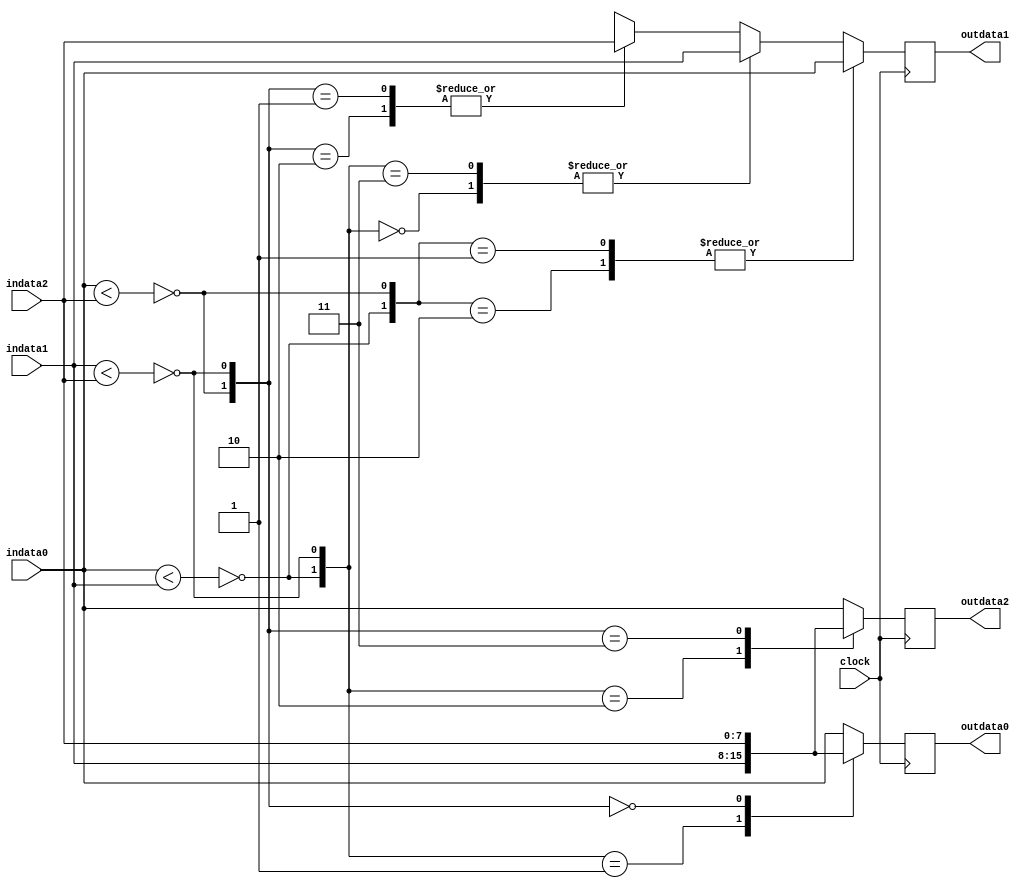
/*******************************************************
______________                ______________
______________ \  /\  /|\  /| ______________
______________  \/  \/ | \/ | ______________

--Module Name:
--Project Name:
--Chinese Description:
	3
--English Description:
	
--Version:VERA.1.0.0
--Data modified:
--author:Young-
--E-mail: wmy367@Gmail.com
--Data created:
________________________________________________________
********************************************************/           
`timescale 1ns/1ps
module order_1_3 #(
	parameter DSIZE	= 8
)(       
	input					clock		,
	input [DSIZE-1:0]		indata0     ,
	input [DSIZE-1:0]		indata1     ,
	input [DSIZE-1:0]		indata2     ,
                                        
	output [DSIZE-1:0]		outdata0    ,
	output [DSIZE-1:0]		outdata1    ,
	output [DSIZE-1:0]		outdata2    
);

wire		cmp_0_1;
wire		cmp_0_2;
wire		cmp_1_2;

assign		cmp_0_1	= !(indata0 < indata1);
assign		cmp_0_2	= !(indata0 < indata2);
assign		cmp_1_2	= !(indata1 < indata2);

wire [2:0]	cmp;
assign		cmp		=    {	cmp_0_1,
							cmp_0_2,
							cmp_1_2    };   

/*  
        0

    c0    c1
 
 1     c2     2

*/


reg [DSIZE-1:0]	cmpdata [2:0];

always@(posedge clock)begin
	casex(cmp)
	3'b11x:	cmpdata[0]	<= indata0;	//D0>d1 D0>d2 
	3'b0x1:	cmpdata[0]	<= indata1; //d0<D1 D1>d2
	3'bx00:	cmpdata[0]	<= indata2; //d0<D2 d1<D2                        
	default:cmpdata[0]	<= indata0; 
	endcase                        
end                         

always@(posedge clock)begin
	casex(cmp)
	3'b01x,3'b10x:	cmpdata[1]	<= indata0;	//D0-01-d1 D0-01-d2 
	3'b1x1,3'b0x0:	cmpdata[1]	<= indata1; //d0-01-D1 D1-01-d2 
	3'bx01,3'bx10:	cmpdata[1]	<= indata2; //d0-01-D2 d1-01-D2 
	default:		cmpdata[1]	<= indata0;
	endcase
end

always@(posedge clock)begin
	casex(cmp)
	3'b00x:	cmpdata[2]	<= indata0;	//D0<d1 D0<d2 
	3'b1x0:	cmpdata[2]	<= indata1; //d0>D1 D1<d2 
	3'bx11:	cmpdata[2]	<= indata2; //d0>D2 d1>D2                        
	default:cmpdata[2]	<= indata0;
	endcase   
end
assign	outdata0	= cmpdata[0];
assign	outdata1	= cmpdata[1];
assign	outdata2	= cmpdata[2];

endmodule